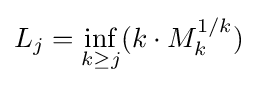
L_{j}=\inf _{k\geq j}(k\cdot M_{k}^{1/k})